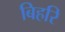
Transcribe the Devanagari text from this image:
बिहरि